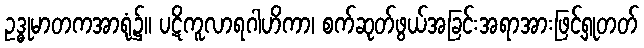
ဥဒ္ဓုမာတကအာရုံ၌။ ပဋိကူလာရဂါဟိကာ၊ စက်ဆုတ်ဖွယ်အခြင်းအရာအားဖြင့်ရှုတတ်